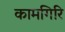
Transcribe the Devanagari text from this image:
कामगिरि